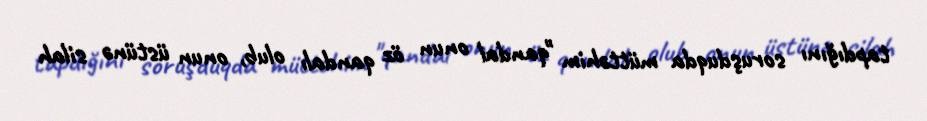
tapdığını soruşduqda müttəhim "qandal onun öz qandalı olub, onun üstünə silah